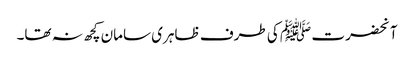
آنحضرت ﷺ کی طرف ظاہری سامان کچھ نہ تھا۔